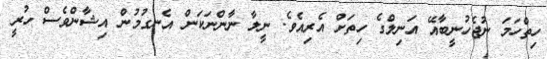
ހިތްހަމަ ނުޖެހުނީބާއޭ އަނިލްގެ ހިތަށް އެރިއެވެ. ނީލާ ނާންނަކަން އެނގުމުން އިޝާންވެސް ހުރީ